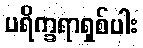
ပရိက္ခရာရှစ်ပါး